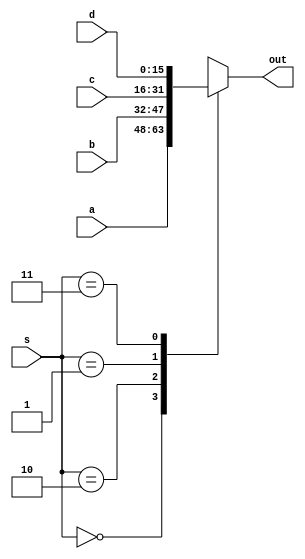
module mux_4_17 (
    input [1:0] s,
    input [15:0] a,
    input [15:0] b,
    input [15:0] c,
    input [15:0] d,
    output reg [15:0] out
  );
  
  
  
  always @* begin
    out = 1'h0;
    
    case (s)
      2'h0: begin
        out = a;
      end
      2'h2: begin
        out = b;
      end
      2'h1: begin
        out = c;
      end
      2'h3: begin
        out = d;
      end
    endcase
  end
endmodule